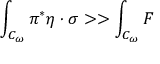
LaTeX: \int _ { { \cal { C } } _ { \omega } } { \pi ^ { * } \eta \cdot \sigma } > > \int _ { { \cal { C } } _ { \omega } } { F }